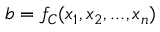
b = f _ { C } ( x _ { 1 } , x _ { 2 } , . . . , x _ { n } )